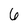
Character: 6